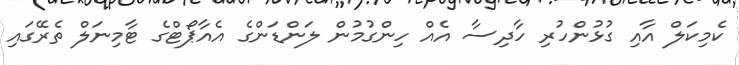
ކެމިކަލް އާއި ގުޅުންހުރި ހާދިސާ އެއް ހިންގުމުން ލަންޑަންގެ އެއާޕޯޓްގެ ޓާމިނަލް ތެރޭގައި